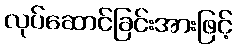
လုပ်ဆောင်ခြင်းအားဖြင့်